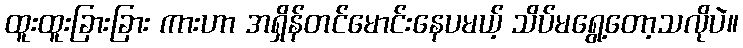
ထူးထူးခြားခြား ကားဟာ အရှိန်တင်မောင်းနေပမယ့် သိပ်မရွေ့တော့သလိုပဲ။